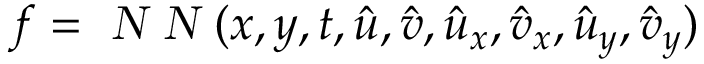
f = \textsl { N N } ( x , y , t , \hat { u } , \hat { v } , \hat { u } _ { x } , \hat { v } _ { x } , \hat { u } _ { y } , \hat { v } _ { y } )